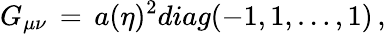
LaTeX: G_{\mu\nu}\, =\, a(\eta)^{2}diag(-1,1,\dots,1)\, ,